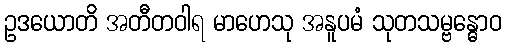
ဥဒယောတိ အတီတဝါရ မာဟေသု အနူပမံ သုတသမ္ဗန္ဓောဝ